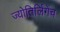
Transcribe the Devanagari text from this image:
ज्योतिर्लिंगेंच